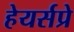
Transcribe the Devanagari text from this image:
हेयर्सप्रे